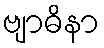
ဗျာဓိနာ